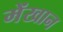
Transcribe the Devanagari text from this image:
मेंखान